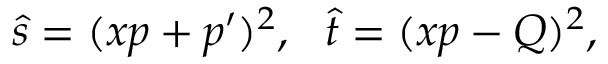
\hat { s } = ( x p + p ^ { \prime } ) ^ { 2 } , ~ ~ \hat { t } = ( x p - Q ) ^ { 2 } ,